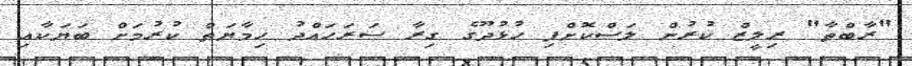
"ރާބްތާ" ރިލީޒް ކުރުން ލަސްކޮށްފި ހުޅުދޫގެ ގިރާ ސަރަހައްދު ހިމާޔަތް ކުރުމަށް ބަޔަކާއި